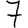
Digit: 7